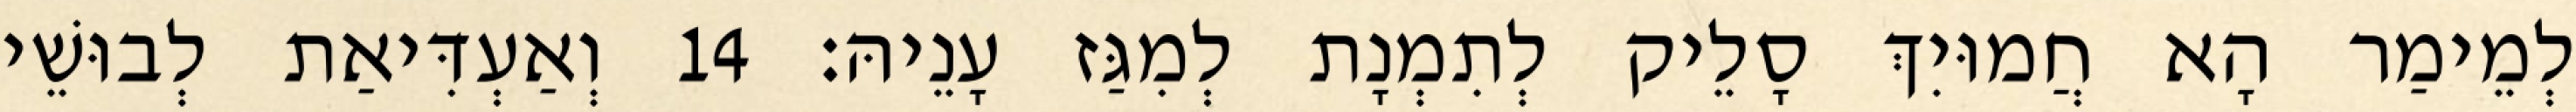
לְמֵימַר הָא חֲמוּיִךְ סָלֵיק לְתִמְנָת לְמִגַּז עָנֵיהּ׃ 14 וְאַעְדִּיאַת לְבוּשֵׁי